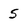
Character: 5